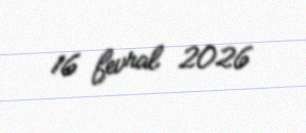
16 fevral 2026